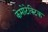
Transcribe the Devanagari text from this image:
केमोटेक्टिक